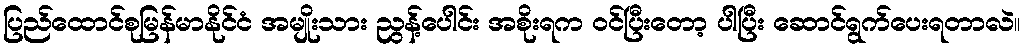
ပြည်ထောင်စုမြန်မာနိုင်ငံ အမျိုးသား ညွန့်ပေါင်း အစိုးရက ဝင်ပြီးတော့ ပါပြီး ဆောင်ရွက်ပေးရတာလဲ။